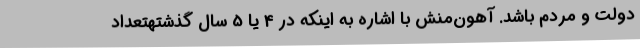
دولت و مردم باشد. آهون‌منش با اشاره به اینکه در 4 یا 5 سال گذشتهتعداد